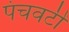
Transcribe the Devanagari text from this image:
पंचवटीं